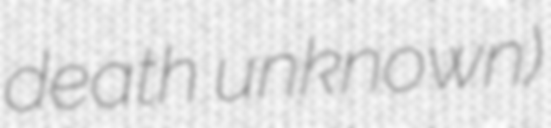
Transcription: death unknown)